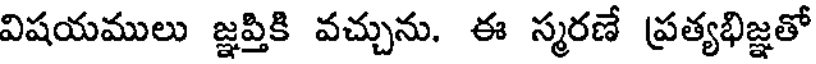
విషయములు జ్ఞప్తికి వచ్చును. ఈ స్మరణే ప్రత్యభిజ్ఞతో